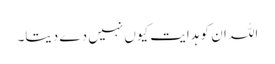
اللہ ان کو ہدایت کیوں نہیں دے دیتا۔